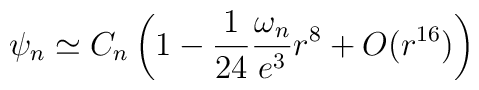
\psi_n\simeq C_n\left(1-\frac{1}{24}\frac{\omega_n}{e^3}r^8 + O(r^{16})\right)